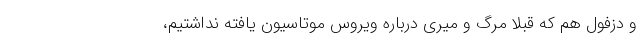
و دزفول هم که قبلا مرگ و میری درباره ویروس موتاسیون یافته نداشتیم،